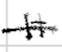
Text: It
Cross-out: single-line
Writing tool: digital_black